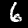
Label: 6